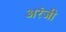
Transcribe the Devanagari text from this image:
अरंजी